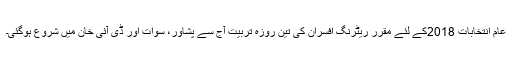
عام انتخابات 2018کے لئے مقرر ریٹرنگ افسران کی تین روزہ تربیت آج سے پشاور، سوات اور ڈی آئی خان میں شروع ہوگئی۔